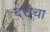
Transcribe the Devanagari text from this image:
दत्तचा